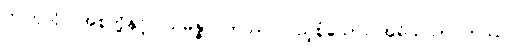
ဤကုသိုလ်အစုတို့နှင့်။ သမန္နာဂတဿ၊ ပြည့်စုံသော။ အရိယသာဝကဿ၊